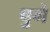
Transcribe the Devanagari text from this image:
चुगे